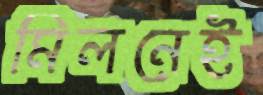
মিলনেই